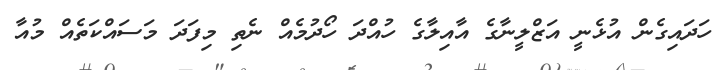
ހަދައިގެން އުޅެނީ އަޒްލީނާގެ އާއިލާގެ ހުއްދަ ހޯދުމެއް ނެތި މިފަދަ މަސައްކަތެއް މުއާ